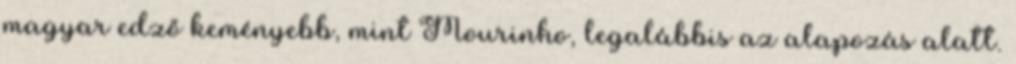
magyar edző keményebb, mint Mourinho, legalábbis az alapozás alatt.